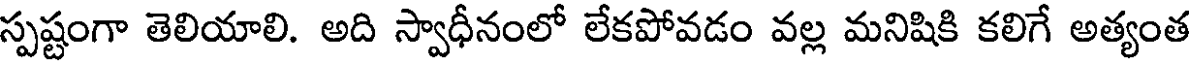
స్పష్టంగా తెలియాలి. అది స్వాధీనంలో లేకపోవడం వల్ల మనిషికి కలిగే అత్యంత